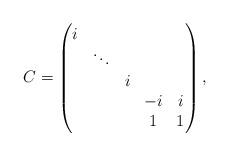
LaTeX: \begin{align*} C = \begin{pmatrix} i \\ & \ddots \\ & & i \\ & & & -i & i \\ & & & 1 & 1 \end{pmatrix},\end{align*}